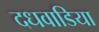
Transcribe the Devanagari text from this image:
दधवाडिया